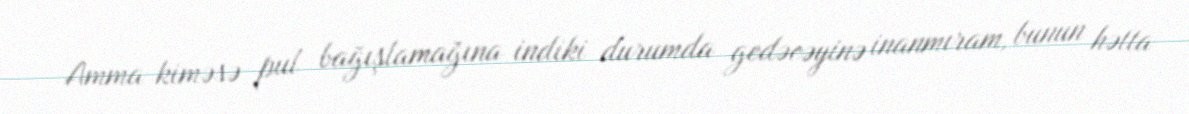
Amma kiməsə pul bağışlamağına indiki durumda gedəcəyinə inanmıram, bunun hətta